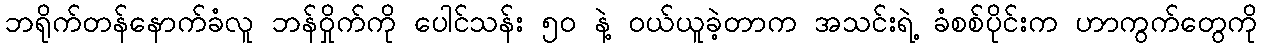
ဘရိုက်တန်နောက်ခံလူ ဘန်ဝှိုက်ကို ပေါင်သန်း ၅၀ နဲ့ ဝယ်ယူခဲ့တာက အသင်းရဲ့ ခံစစ်ပိုင်းက ဟာကွက်တွေကို